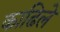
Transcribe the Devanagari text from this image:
काढिले